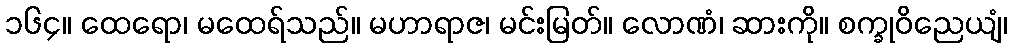
၁၆၄။ ထေရော၊ မထေရ်သည်။ မဟာရာဇ၊ မင်းမြတ်။ လောဏံ၊ ဆားကို။ စက္ခုဝိညေယျံ၊